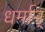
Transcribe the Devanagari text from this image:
धर्मान्